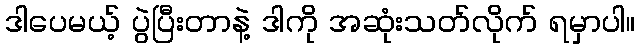
ဒါပေမယ့် ပွဲပြီးတာနဲ့ ဒါကို အဆုံးသတ်လိုက် ရမှာပါ။